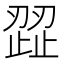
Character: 歰